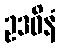
ဥဒဓိနံ